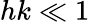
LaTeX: hk\ll 1